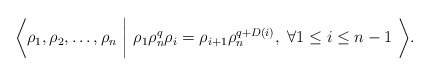
\begin{align*}\bigg\langle \rho_1, \rho_2, \dots, \rho_n \ \bigg\vert\ \rho_{1} \rho_n^q \rho_{i}=\rho_{i+1} \rho_n^{q+D(i)}, ~\forall 1\leq i \leq n-1 \ \bigg\rangle.\end{align*}